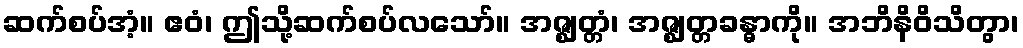
ဆက်စပ်အံ့။ ဧဝံ၊ ဤသို့ဆက်စပ်လသော်။ အဇ္ဈတ္တံ၊ အဇ္ဈတ္တခန္ဓာကို။ အဘိနိဝိသိတွာ၊